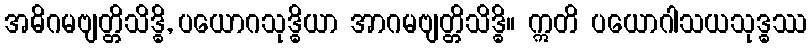
အဓိဂမဗျတ္တိသိဒ္ဓိ, ပယောဂသုဒ္ဓိယာ အာဂမဗျတ္တိသိဒ္ဓိ။ ဣတိ ပယောဂါသယသုဒ္ဓဿ